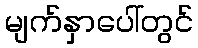
မျက်နှာပေါ်တွင်